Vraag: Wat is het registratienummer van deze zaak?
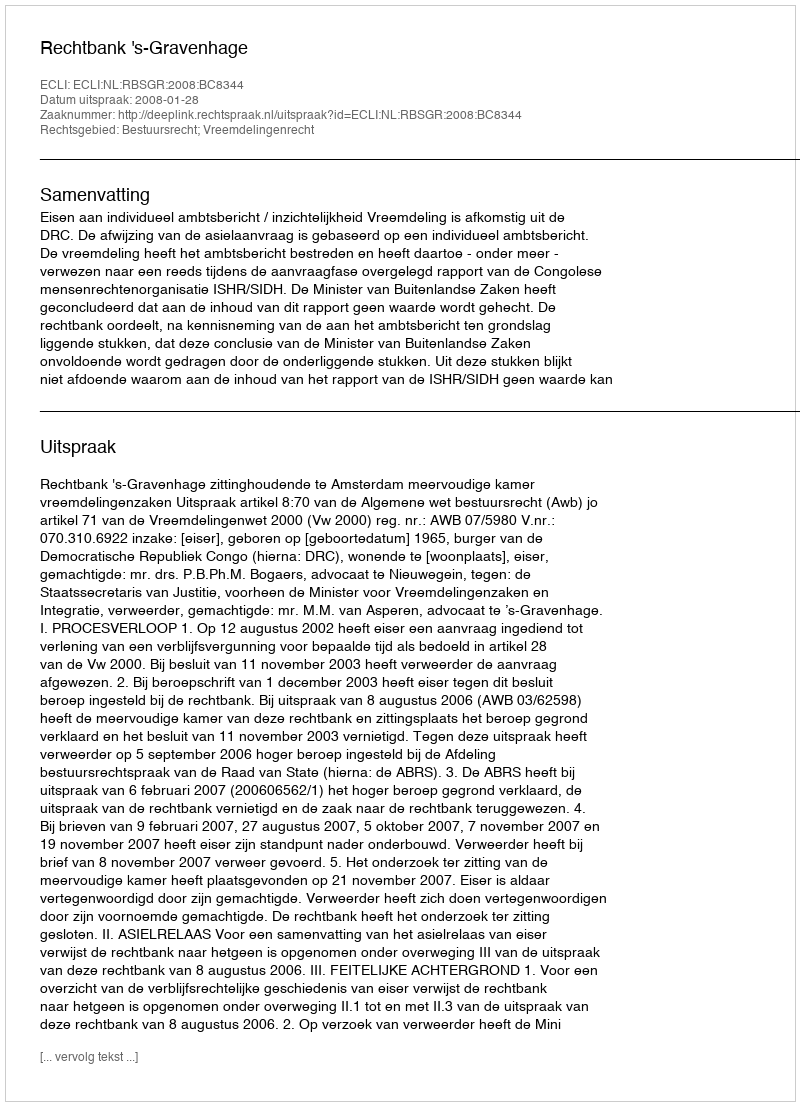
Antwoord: http://deeplink.rechtspraak.nl/uitspraak?id=ECLI:NL:RBSGR:2008:BC8344